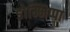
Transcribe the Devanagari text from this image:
डोम्भिप्पा